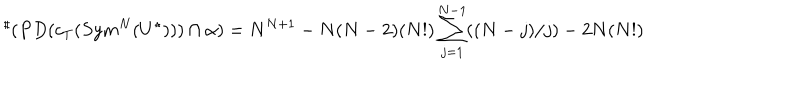
LaTeX: { } ^ { \sharp } ( P D ( c _ { T } ( S y m ^ { N } ( U ^ { \star } ) ) ) \cap \alpha ) = N ^ { N + 1 } - N ( N - 2 ) ( N ! ) \sum _ { j = 1 } ^ { N - 1 } ( ( N - j ) / j ) - 2 N ( N ! )